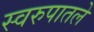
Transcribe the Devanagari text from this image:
स्वरुपातले